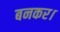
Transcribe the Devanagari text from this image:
बनकर।